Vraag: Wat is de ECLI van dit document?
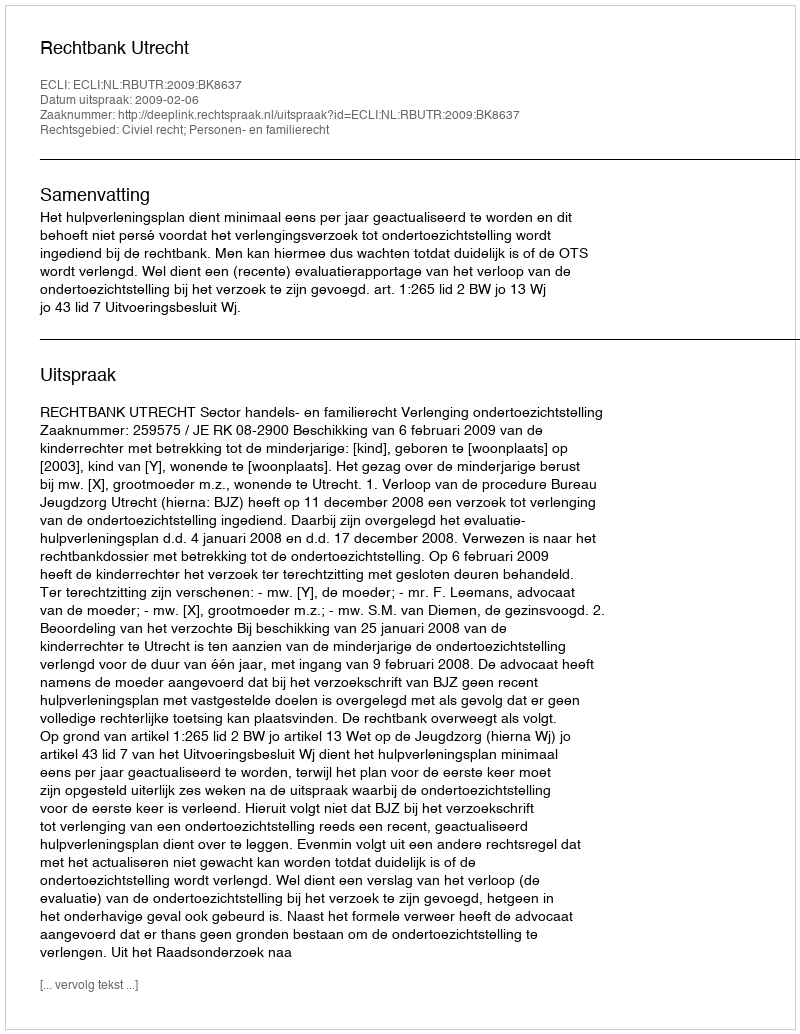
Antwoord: ECLI:NL:RBUTR:2009:BK8637